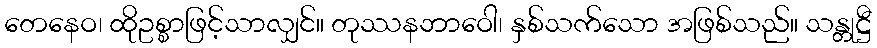
တေနေဝ၊ ထိုဥစ္စာဖြင့်သာလျှင်။ တုဿနဘာဝေါ၊ နှစ်သက်သော အဖြစ်သည်။ သန္တုဋ္ဌီ